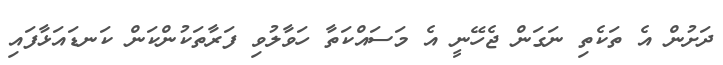
ދަށުން އެ ތަކެތި ނަގަން ޖެހޭނީ އެ މަސައްކަތާ ހަވާލުވި ފަރާތަކުންކަން ކަނޑައަޅާފައި